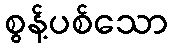
စွန့်ပစ်သော